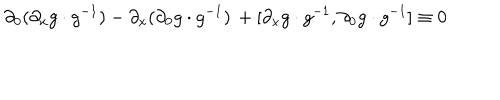
\partial _ { 0 } ( \partial _ { x } g \cdot g ^ { - 1 } ) - \partial _ { x } ( \partial _ { 0 } g \cdot g ^ { - 1 } ) \, + [ \partial _ { x } g \cdot g ^ { - 1 } , \partial _ { 0 } g \cdot g ^ { - 1 } ] \equiv 0